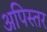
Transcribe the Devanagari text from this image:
अपिस्तर